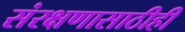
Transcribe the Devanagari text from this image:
संरक्षणासाठीही